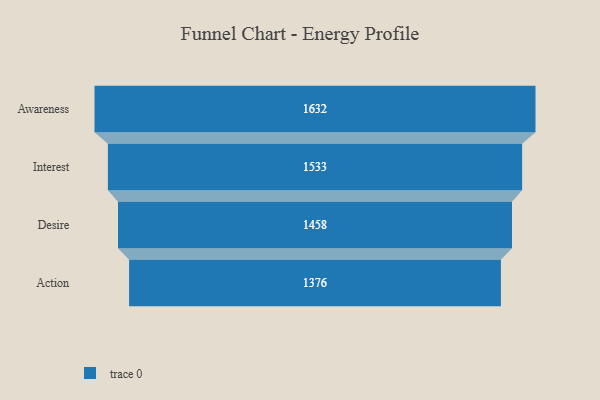
{"axis": {"x": "Stage", "y": "Value"}, "legend": [""], "data": [{"x": "Awareness", "y": 1632.0, "type": ""}, {"x": "Interest", "y": 1533.0, "type": ""}, {"x": "Desire", "y": 1458.0, "type": ""}, {"x": "Action", "y": 1376.0, "type": ""}]}